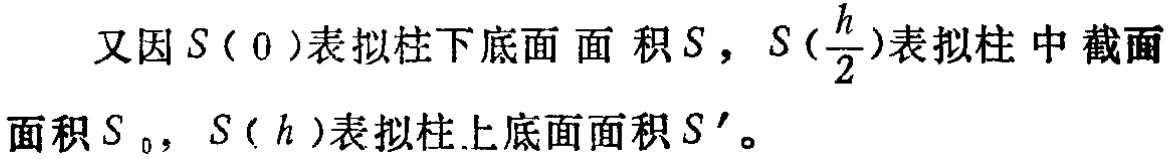
又因\(S(0)\)表拟柱下底面面积\(S\)，\(S(\frac{h}{2})\)表拟柱中截面面积\(S_0\)，\(S(h)\)表拟柱上底面面积\(S'\)。